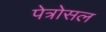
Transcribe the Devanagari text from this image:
पेत्रोसल